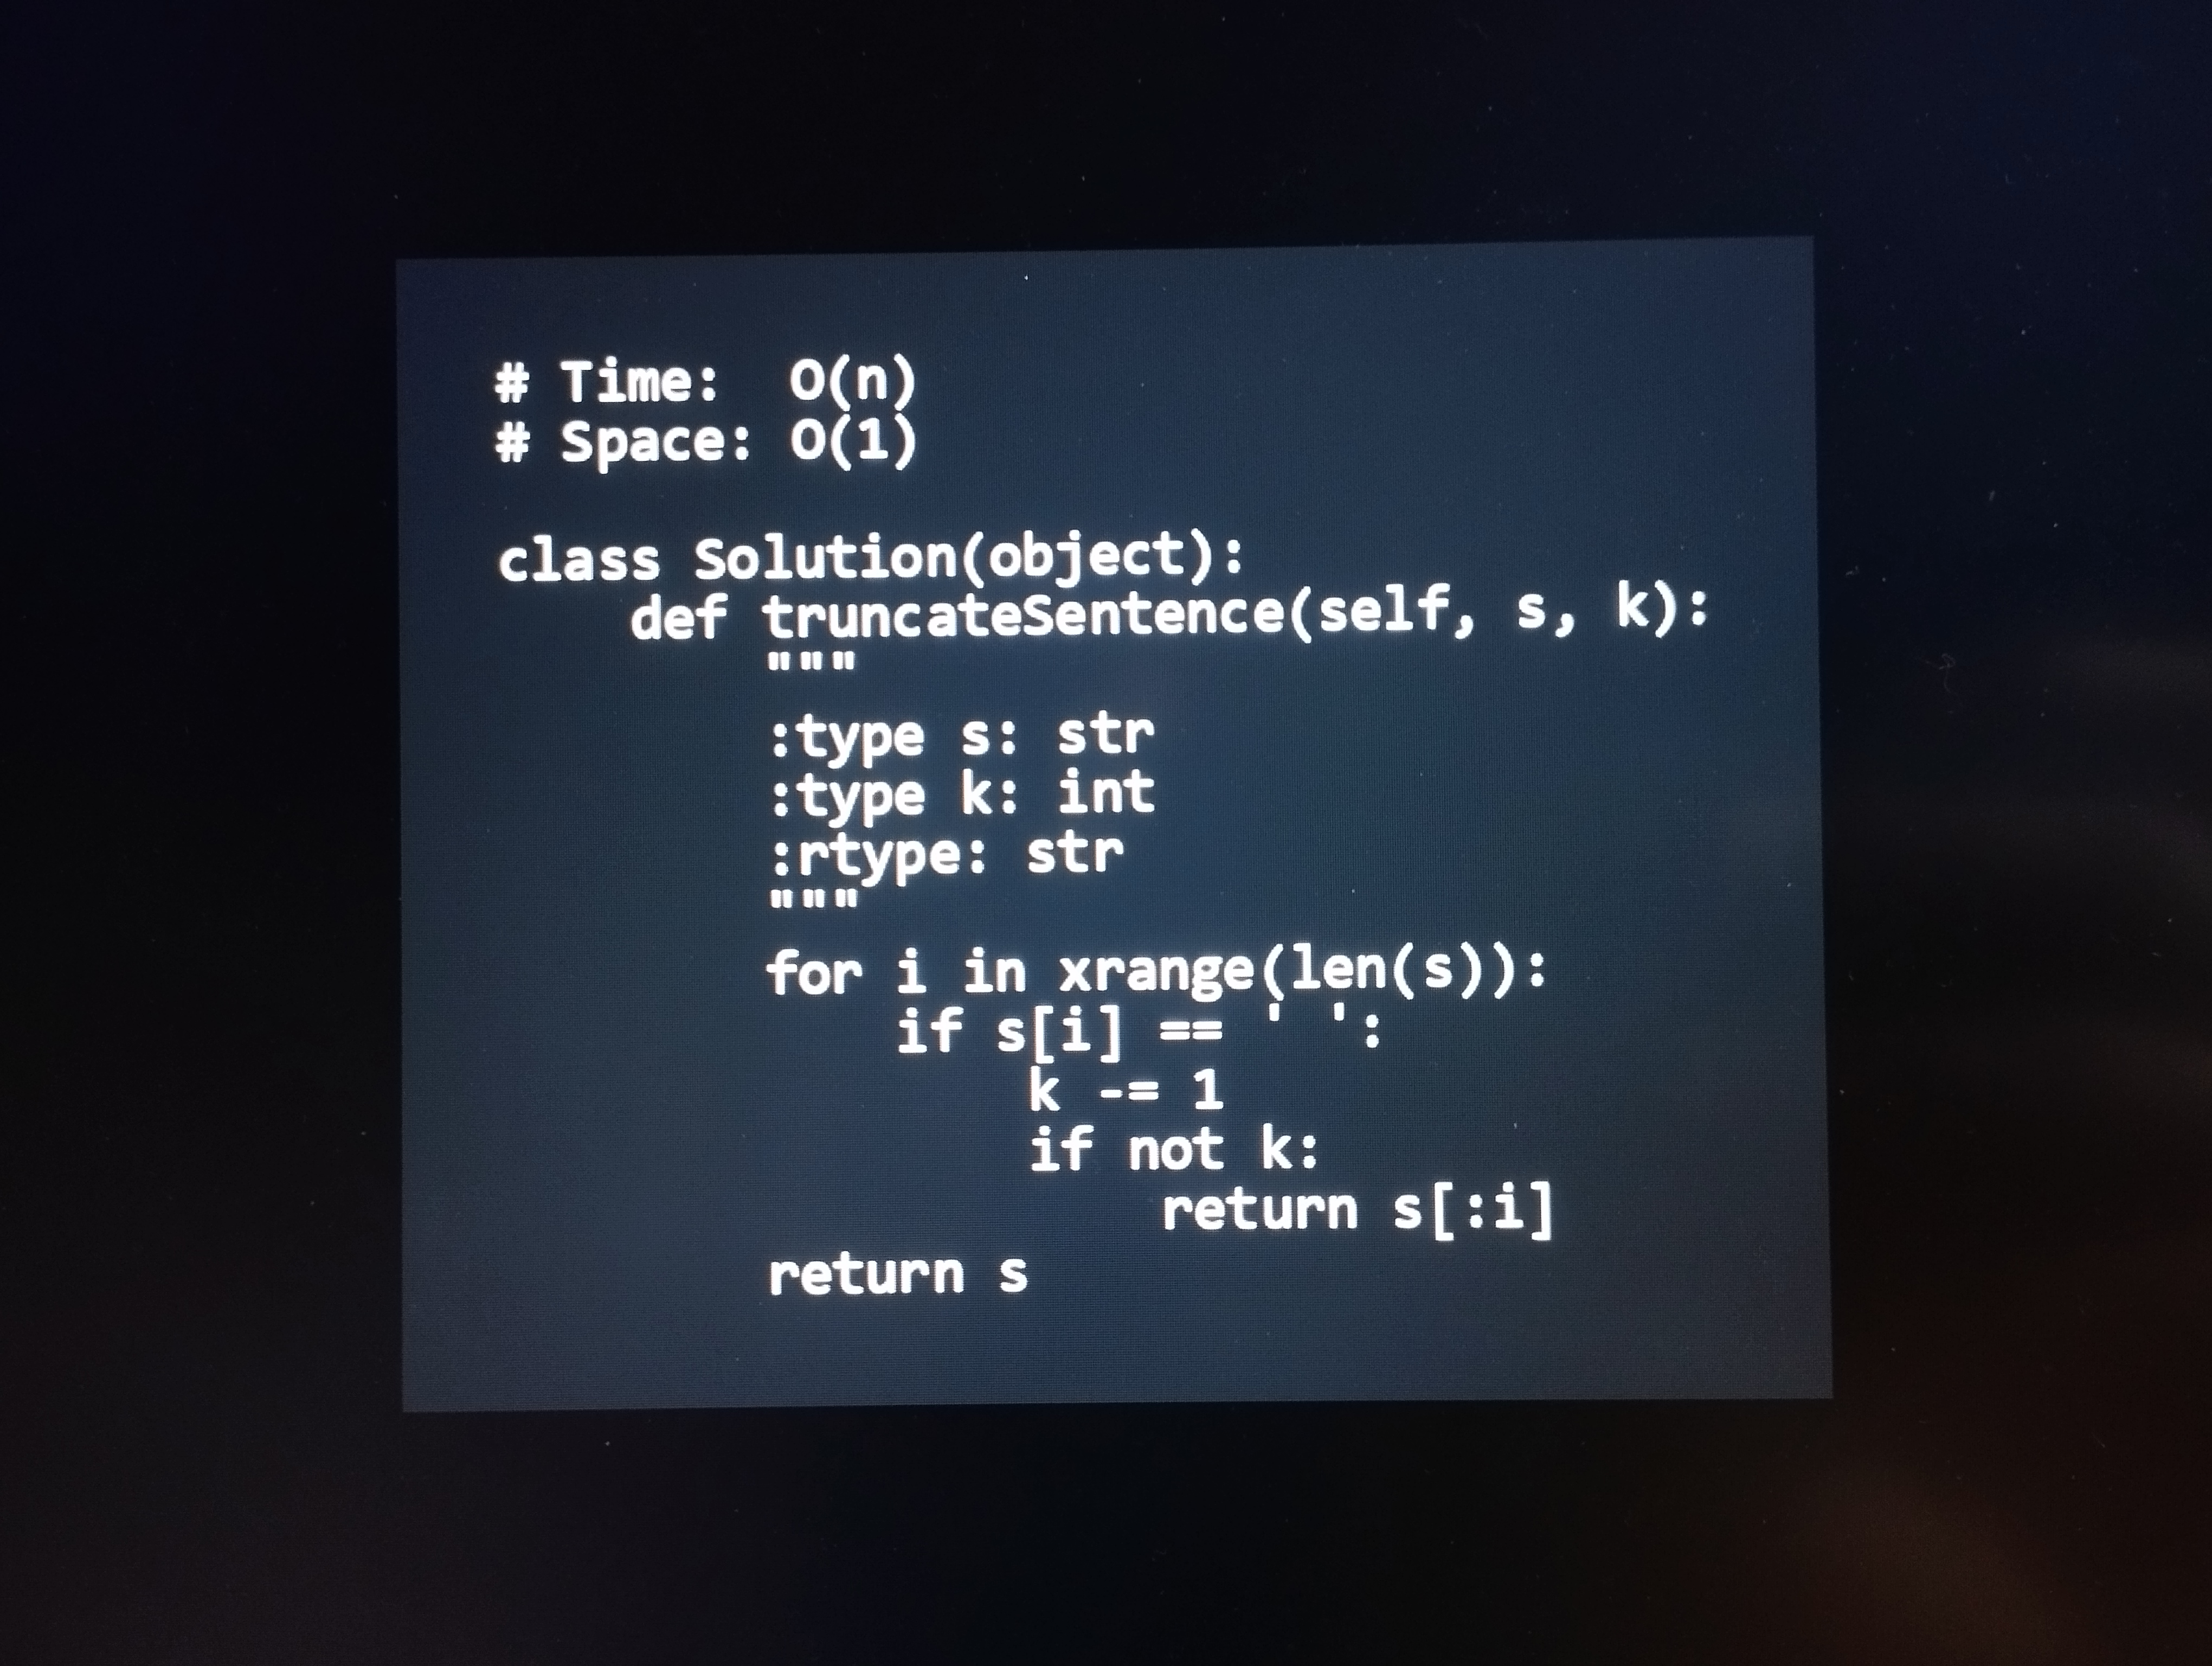
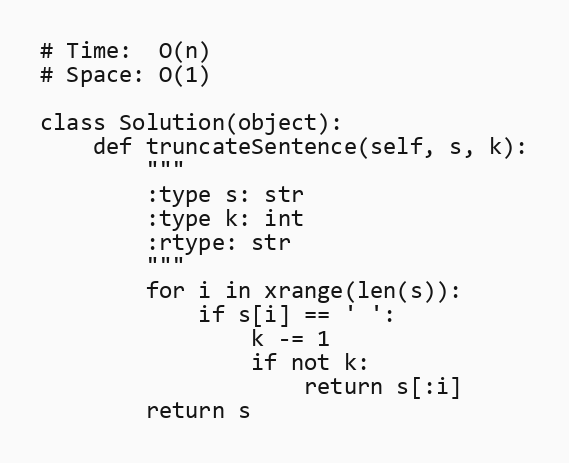
# Time:  O(n)
# Space: O(1)

class Solution(object):
    def truncateSentence(self, s, k):
        """
        :type s: str
        :type k: int
        :rtype: str
        """
        for i in xrange(len(s)):
            if s[i] == ' ':
                k -= 1
                if not k:
                    return s[:i]
        return s